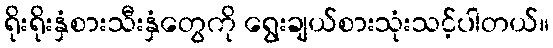
ရိုးရိုးနှံစားသီးနှံတွေကို ရွေးချယ်စားသုံးသင့်ပါတယ်။